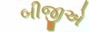
બીજીએ